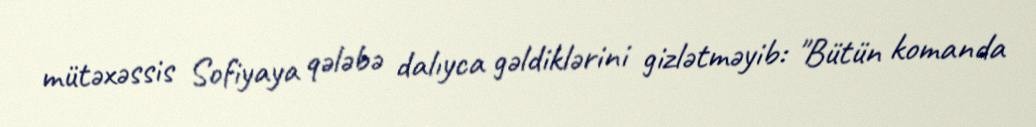
mütəxəssis Sofiyaya qələbə dalıyca gəldiklərini gizlətməyib: "Bütün komanda